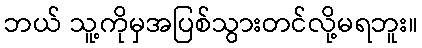
ဘယ် သူ့ကိုမှအပြစ်သွားတင်လို့မရဘူး။